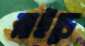
স্লাইডে